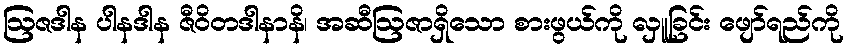
ဩဇဒါန ပါနဒါန ဇီဝိတဒါနာနိ၊ အဆီဩဇာရှိသော စားဖွယ်ကို လှူခြင်း ဖျော်ရည်ကို